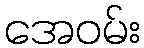
အေဝမ်း